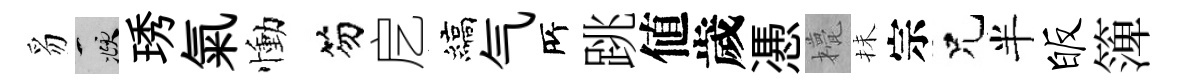
豸頫琇氣慟笏戹縞气𠩄跳値歲慿甍抺宗兄半皈𥱼